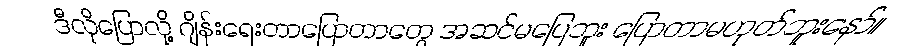
ဒီလိုပြောလို့ ဂျိန်းရေးတာပြောတာတွေ အဆင်မပြေဘူး ပြောတာမဟုတ်ဘူးနော်။